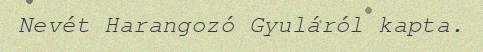
Nevét Harangozó Gyuláról kapta.